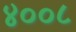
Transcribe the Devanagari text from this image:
४००८